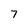
Character: 7